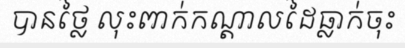
បានថ្លៃ លុះពាក់កណ្តាលដៃធ្លាក់ចុះ